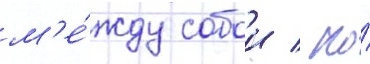
м'е́жду собои / но́